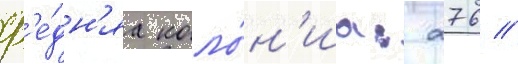
ср'е́дн'яа коло́н'иа: 276 //